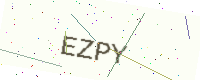
Text: EZPY